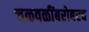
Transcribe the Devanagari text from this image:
चळवळींबरोबरच